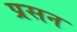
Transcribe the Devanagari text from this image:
प्रसन